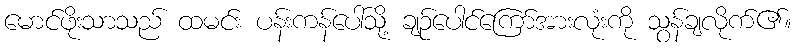
မောင်ဖိုးသာသည် ထမင်း ပန်းကန်ပေါ်သို့ ချဉ်ပေါင်ကြော်အားလုံးကို သွန်ချလိုက်၏။